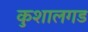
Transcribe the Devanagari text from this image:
कुशालगड